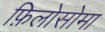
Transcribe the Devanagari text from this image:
फ़िलोसोमा